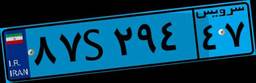
۵۱S۸۸۶۹۸